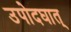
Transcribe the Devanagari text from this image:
उपोदघात्‌